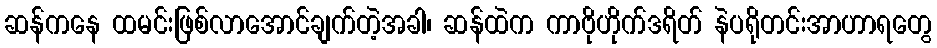
ဆန်ကနေ ထမင်းဖြစ်လာအောင်ချက်တဲ့အခါ၊ ဆန်ထဲက ကာဗိုဟိုက်ဒရိတ် နဲပရိုတင်းအာဟာရတွေ